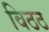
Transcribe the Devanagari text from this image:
विठठ